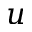
\boldsymbol { u }